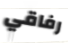
رفاقي